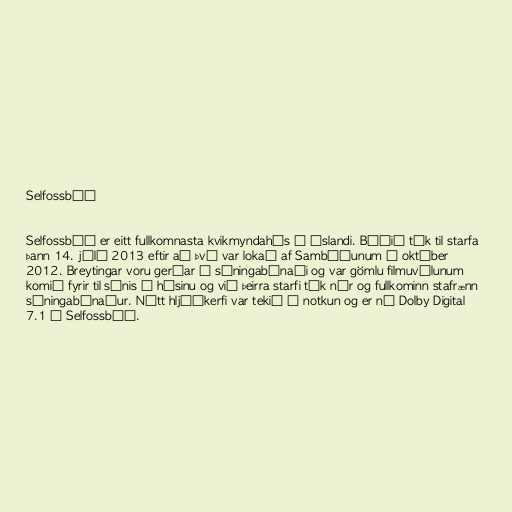
Selfossbíó

Selfossbíó er eitt fullkomnasta kvikmyndahús á Íslandi. Bíóið tók til starfa
þann 14. júlí 2013 eftir að því var lokað af Sambíóunum í október
2012. Breytingar voru gerðar á sýningabúnaði og var gömlu filmuvélunum
komið fyrir til sýnis í húsinu og við þeirra starfi tók nýr og fullkominn stafrænn
sýningabúnaður. Nýtt hljóðkerfi var tekið í notkun og er nú Dolby Digital
7.1 í Selfossbíó.